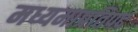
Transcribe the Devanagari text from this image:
मध्यमाप्रतिपद